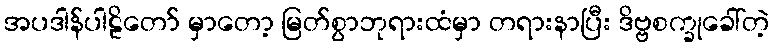
အပဒါန်ပါဠိတော် မှာတော့ မြတ်စွာဘုရားထံမှာ တရားနာပြီး ဒိဗ္ဗစက္ခုခေါ်တဲ့